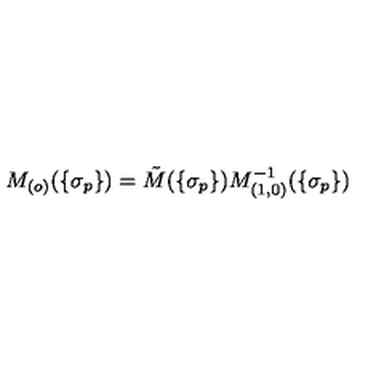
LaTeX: M _ { ( o ) } ( \{ \sigma _ { p } \} ) = \tilde { M } ( \{ \sigma _ { p } \} ) M _ { ( 1 , 0 ) } ^ { - 1 } ( \{ \sigma _ { p } \} )